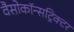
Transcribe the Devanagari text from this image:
वैसोकॉन्सट्रिक्टर